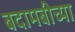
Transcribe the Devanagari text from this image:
बदामबीच्या